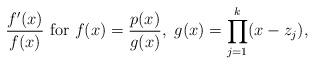
LaTeX: \begin{align*}\frac{f'(x)}{f(x)}~{\rm for}~f(x)=\frac{p(x)}{g(x)},~g(x)=\prod_{j=1}^k(x-z_j),\end{align*}